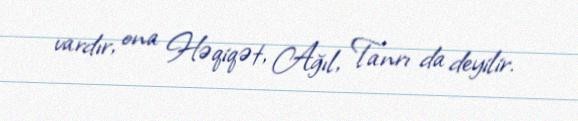
vardır, ona Həqiqət, Ağıl, Tanrı da deyilir.